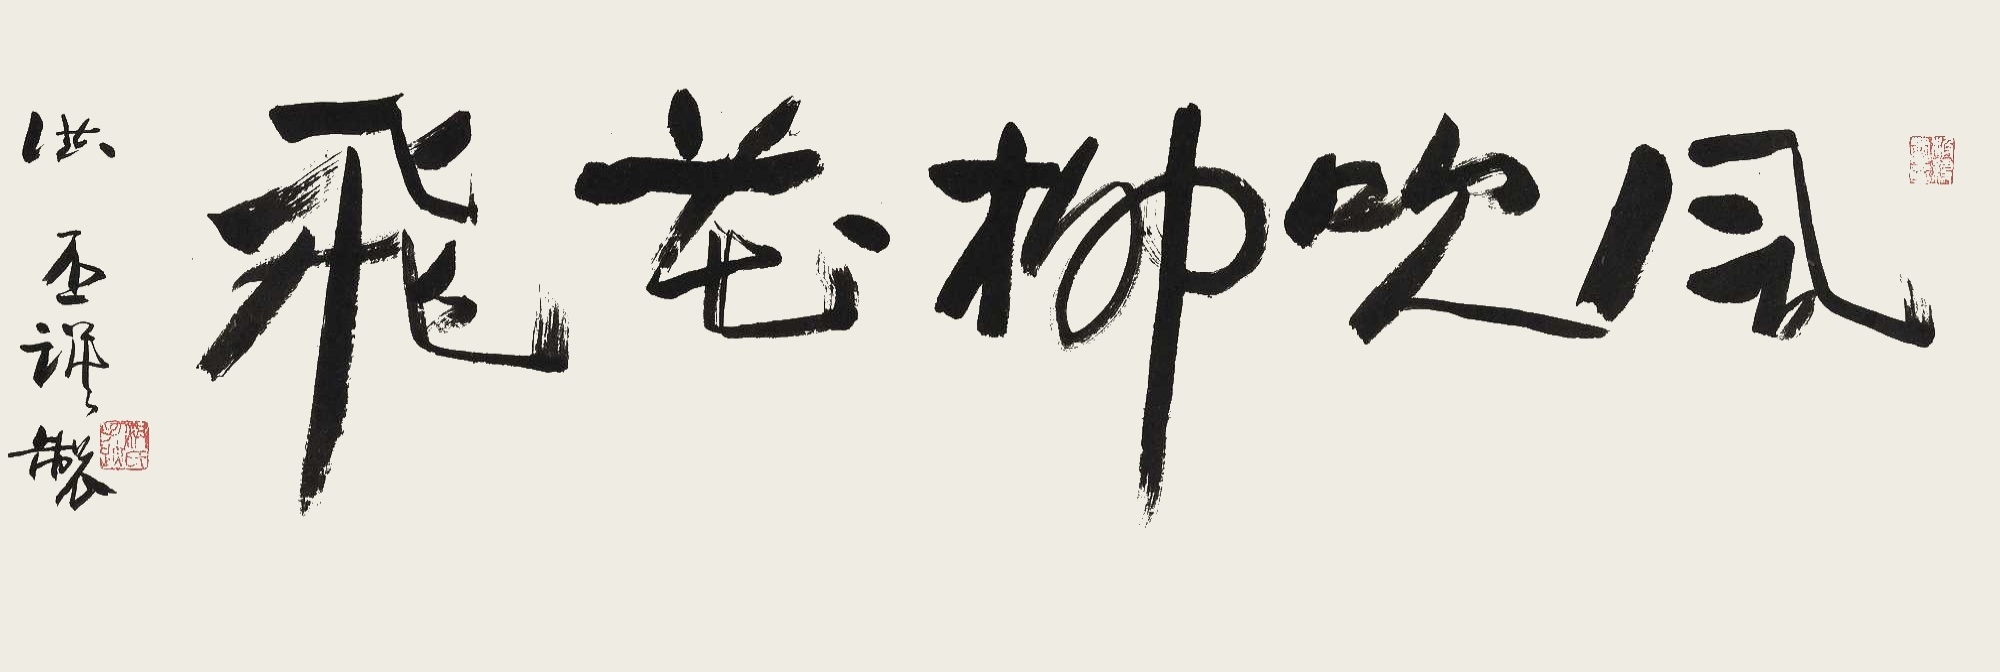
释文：风吹柳花飞洪氏手迹